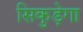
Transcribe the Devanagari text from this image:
सिकुड़ेगा